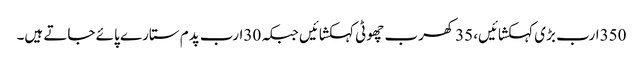
350ارب بڑی کہکشائیں، 35کھرب چھوٹی کہکشائیں جبکہ 30ارب پدم ستارے پائے جاتے ہیں۔